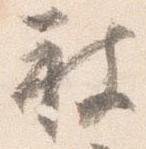
被